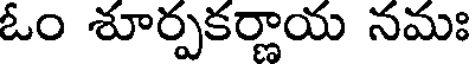
ఓం శూర్పకర్ణాయ నమః